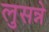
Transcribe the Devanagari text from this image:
लुसन्ने